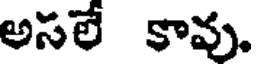
అసలే కావు.